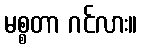
မစ္စတာ ဂင်လား။